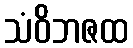
သံဝိဘဇထ